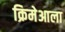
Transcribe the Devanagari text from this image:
क्रिमेआला